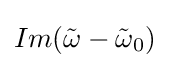
Im({\tilde {\omega }}-{\tilde {\omega }}_{0})